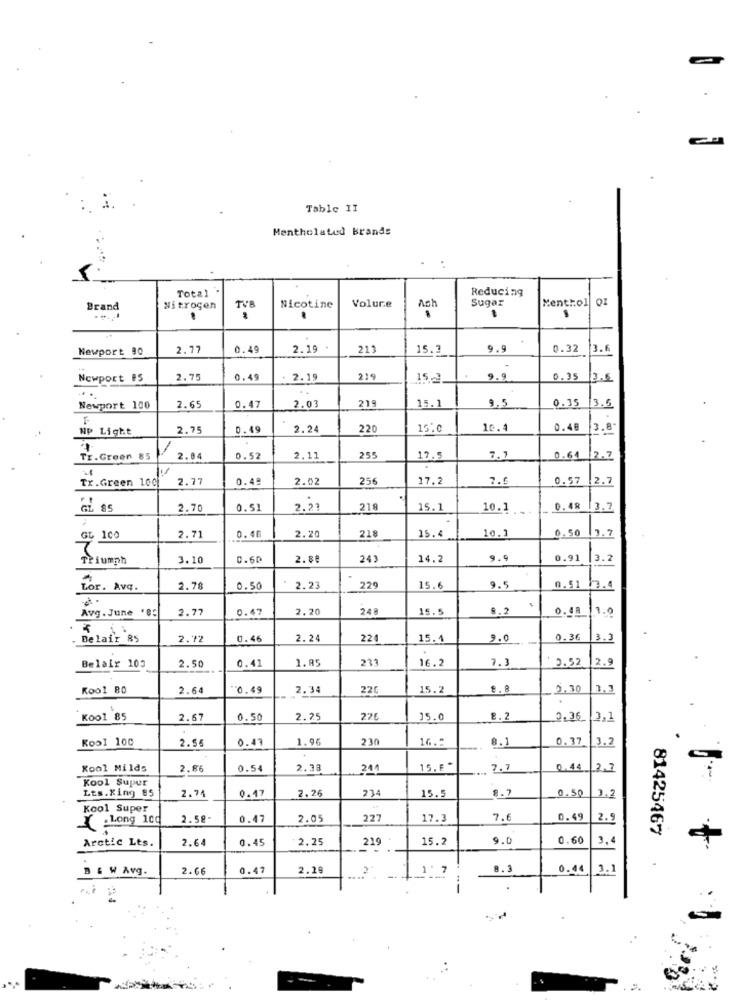
Table II
Mentholated Brands
Total .
Reducing
Sugar
Menthol OI
Brand
Nitrogen
TVB
Nicotine
Volure
Ach
Newport 90
2.77
0.49
2.19 .
213
15.3
9.9
0.32
3.6
Newport #5
2.75
0.49
: 2.19
219
15.3
9.9
0.35
3.5
. .
.. .
219
9.5
0.35
Newport 100
2.65
0.47
2.03
15.1
13.5
HP Light
2.75
0.49
2.24
220
15.0
10.4
0.48
3.8
/
Tr.Green 85
2.84
0.52
2.11
255
17.5
7.7
0.61 2.7
Tr.Green 100
2.77
0.49
2.02
256
17.2
7.6
0.57
12.7
GL $5
2.70
0.51
2.21
218
15.1
10.1 .
0.18
13.7
2.20
0.50
GL 100
2.71
0.46
218
15.4
10.1
2.7
Triumph
3.10
0.60
2.80
243
14.2
9.9
0.91
3.2
Lor. Avq.
2.78
0.50
2.23
229
15.6
9.5
0.51 3.4
Avg. June '85
2.77
0.47
2.20
248
15.5
8.2
0.48 1.0
Belair 85
2.72
0.46
2.24
224
15.4
9.0
0.36
3.3
2.50
0.41
1.85
16.2
7.3
0.52
Belair 103
2.9
Kool BO
2.64
0.49
2.34
220
15.2
8 .8
0,30
3.3
Kool 85
2.67
0.50
2.25
22€
15.0
8.2
2.36_ 3,1
Kool 100
2.56
0.47
1.96
230
16 .:
0. 37
13.2
8.1
Kool Milds
2.86
0.54
2.38
241
15. F *
.. 7.7
0.44
12.2
7
Kool Super
Lts.Xing 85
2.74
0.47
2.26
234
8.7
0.50
3.2
15.5
Kool Super
.Long 100
2.58-
0.47
2.05
227
17.3
7.6
0.49
2.9
81425467
Arctic Lts.
2.64
0.45
2.25
219
15.2
9.0
0.60
3,4
4
B & W Avg.
2.66
0.47
2.29
1. 7
8.3
0.44
3.1
--